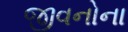
જીવનોના